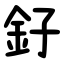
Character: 釨